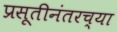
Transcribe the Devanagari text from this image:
प्रसूतीनंतरच्या